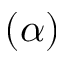
( \alpha )